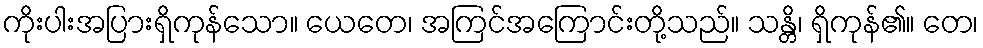
ကိုးပါးအပြားရှိကုန်သော။ ယေတေ၊ အကြင်အကြောင်းတို့သည်။ သန္တိ၊ ရှိကုန်၏။ တေ၊